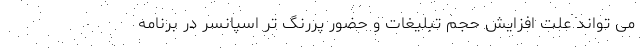
می تواند علت افزایش حجم تبلیغات و حضور پررنگ تر اسپانسر در برنامه